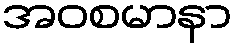
အဝစမာနာ